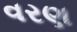
વરણ